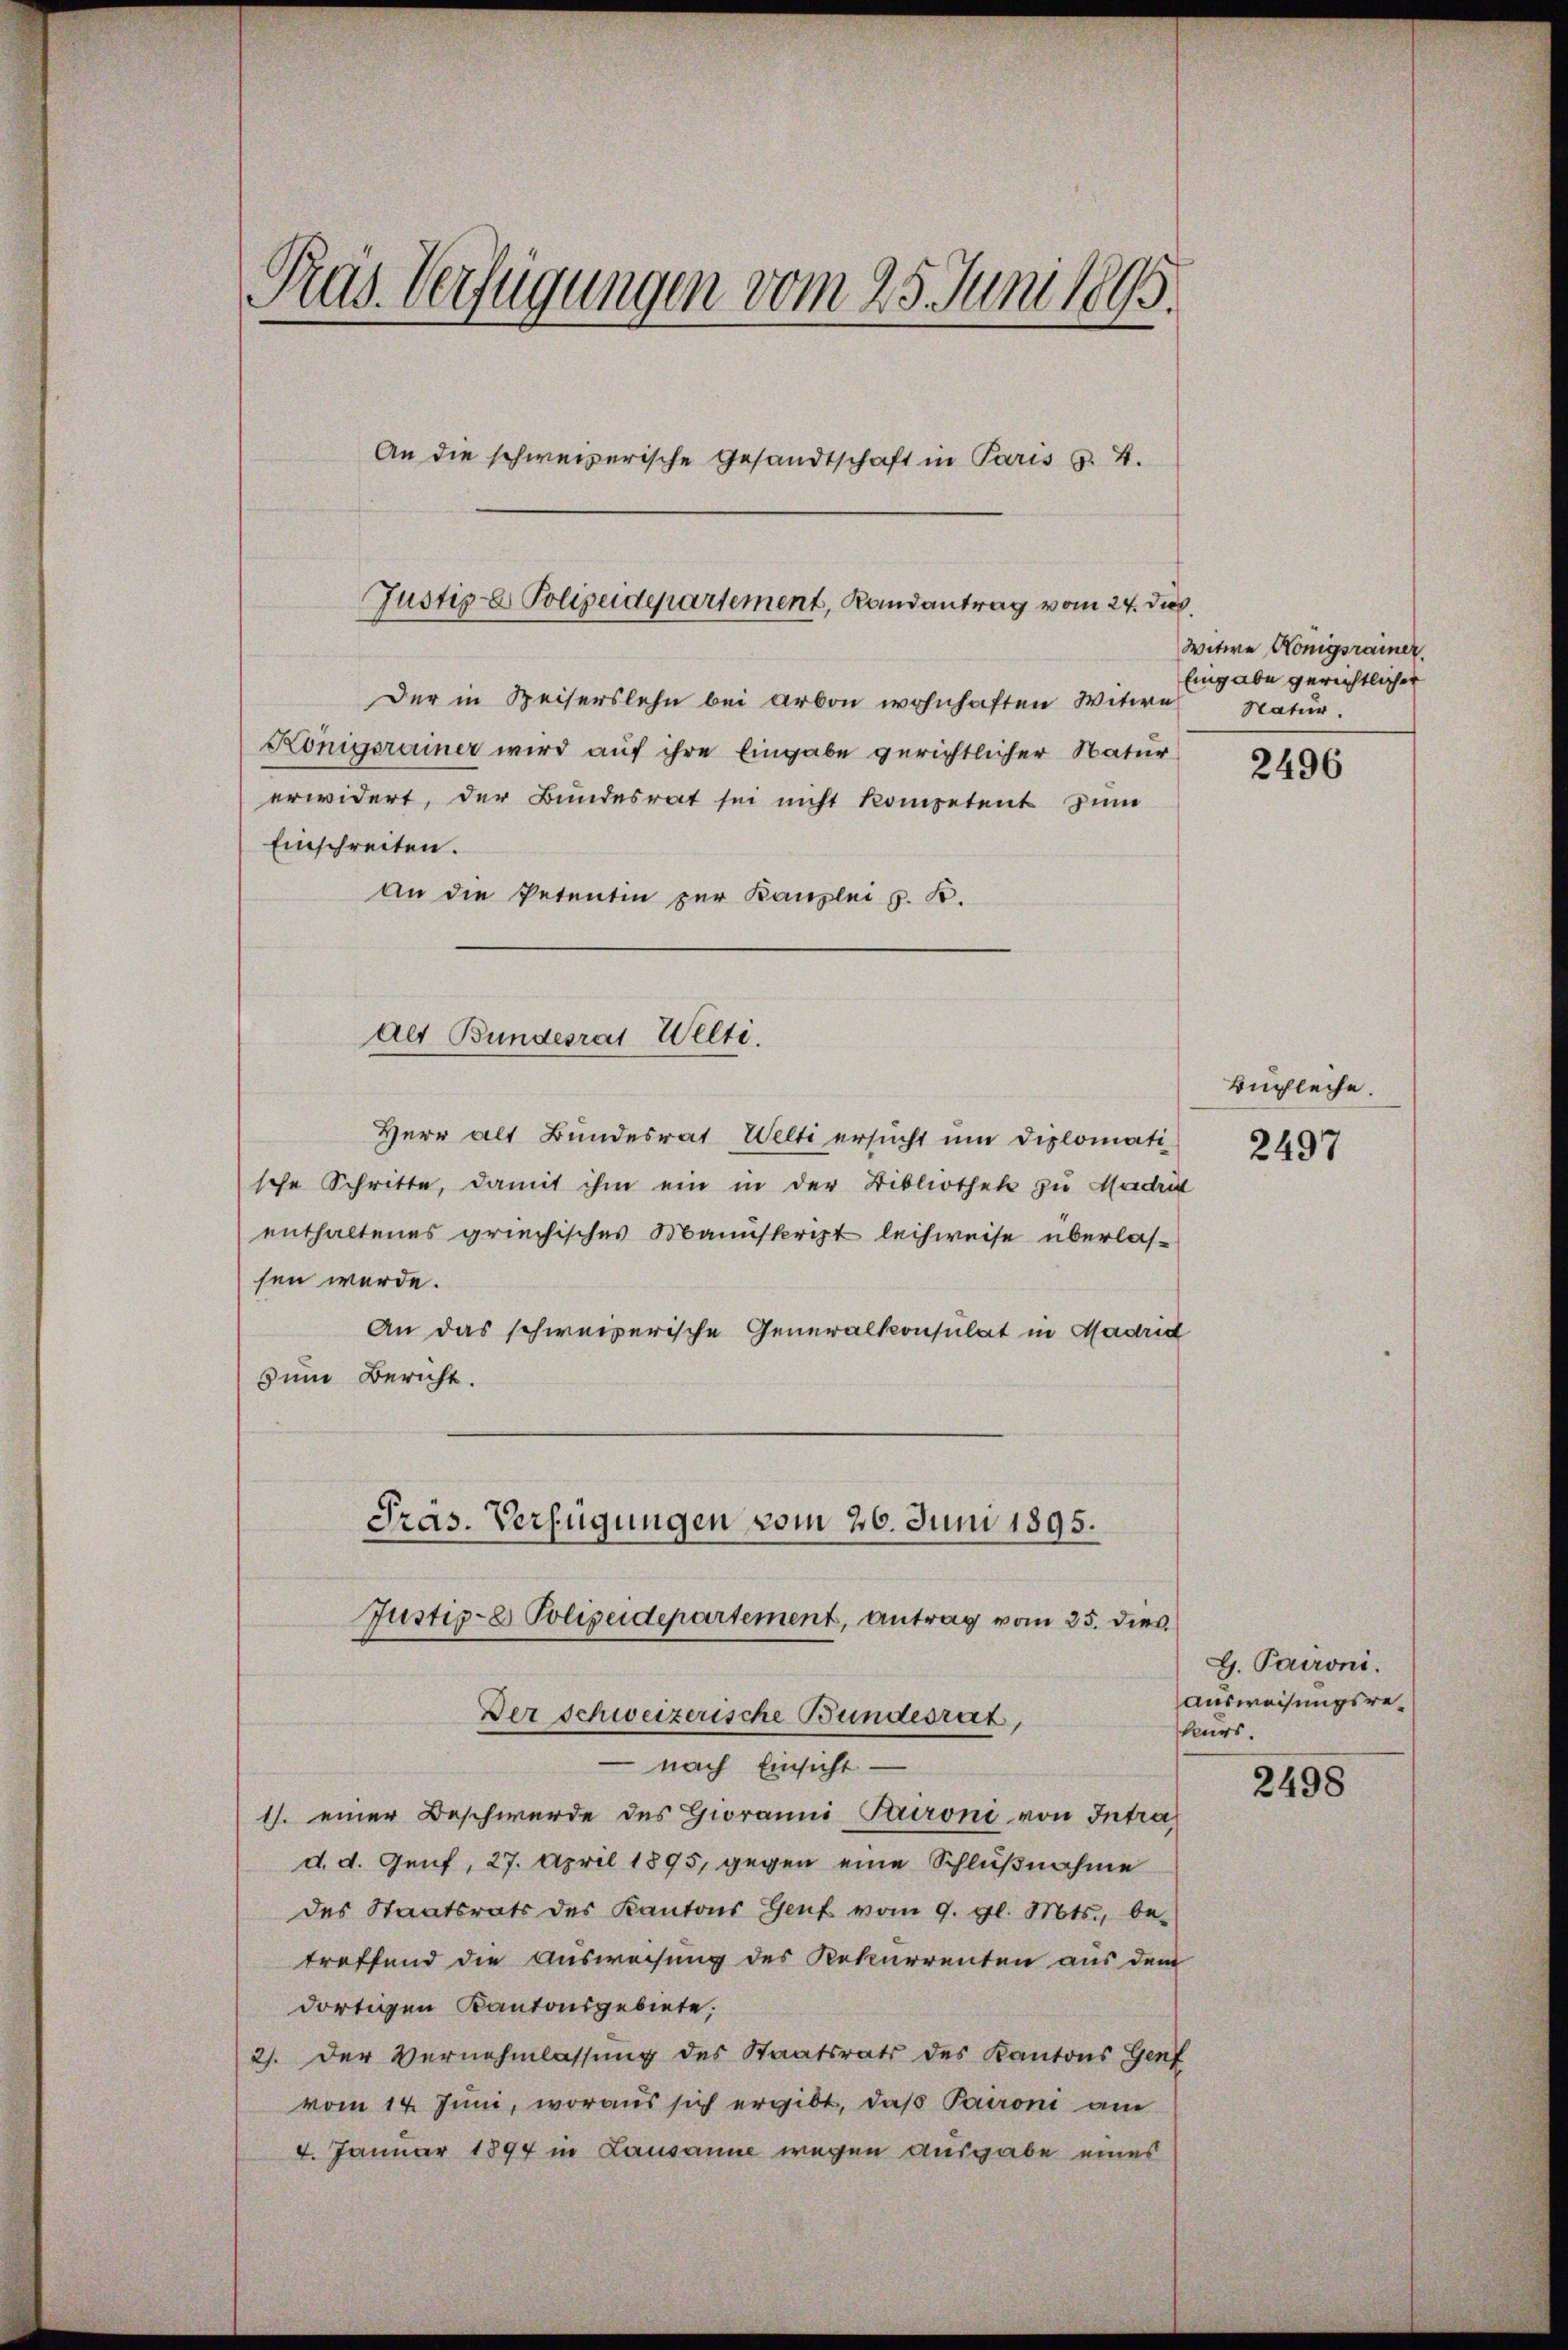
Präs. Verfügungen vom 25. Juni 1895.
An die schweizerische Gesandtschaft in Paris §. 4.
Justiz- & Polizeidepartement, Randantrag vom 24. dich.

Der in Heiserslehn bei Arbon wohnhaften Witwe
Königerainer wird auf ihre Eingabe gerichtlicher Natur
Einschreiten.
An die Petentin zur Kanzlei z. B.
Herr alt Bundesrat Welti ersucht um diplomati
sche Schritte, damit ihm ein in der Bibliothek zu Madrit
enthaltenes griechisches Manuskript leihweise überlassen werde.
An das schweizerische Generalkonsulat in Madrid
zum Bericht.
Präs. Verfügungen vom 26. Juni 1895.
Justiz- & Polizeidepartement, antrag vom 25. dies
Der Schweizerische Bundesrat,
 nach Einsicht.
1. einer Beschwerde des Gioramni Taironi von Intra
d. d. Genf, 27. April 1895, gegen eine Schlußnahme
des Staatsrats des Kantons Genf vom 9. gl. Mts., be-
treffend die Ausweisung des Rekurrenten aus dem
dortigen Kantonsgebiete,
2). Der Vernehmlassung des Staatsrats des Kantons Genf
vom 14. Juni, woraus sich ergibt, daß Paironi am
4. Januar 1894 in Lausanne wegen ausgabe eines

erwidert, der Bundesrat sei nicht kompetent zum

Alt Bundesrat Welti.

Witwe Königsrainer
Eingabe gerichtlicher
Natur.

2496

Buchleche.

2497

G. Paironi.
ausweisungsrekeurs.

2498